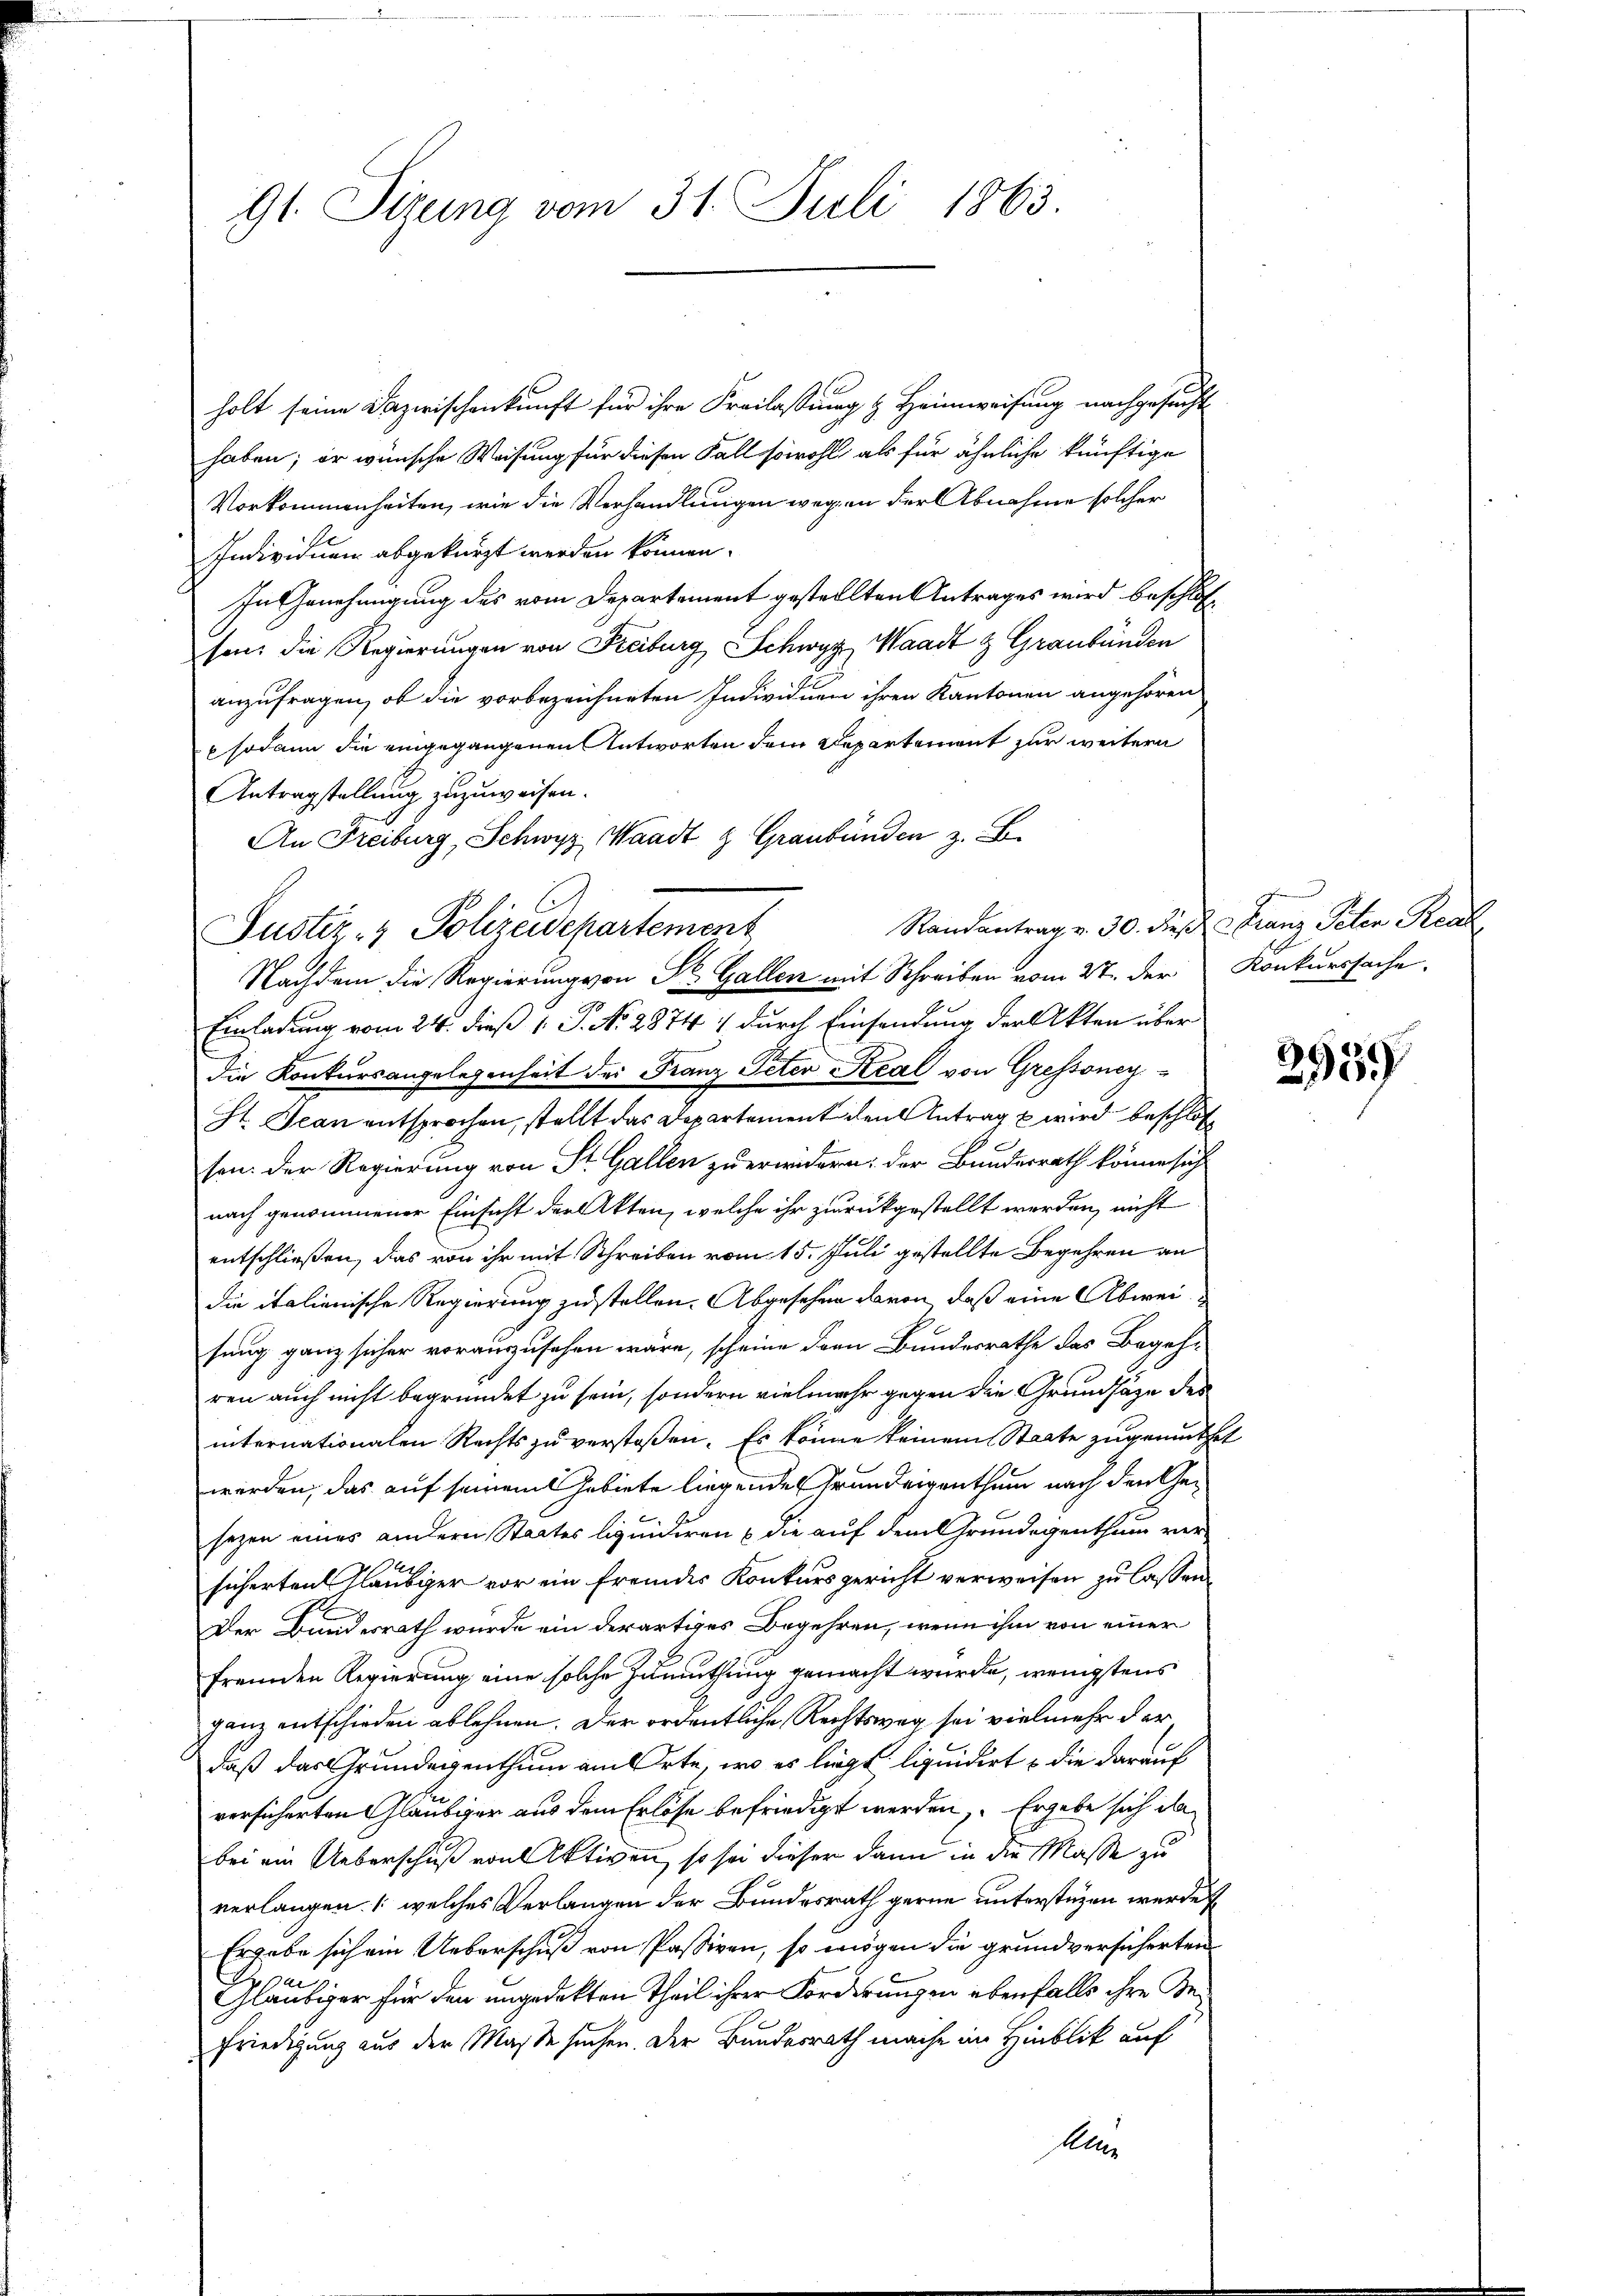
91. Sizung vom 31. Juli 1863.

holt seine Dazwischenkunft für ihre Freilassung & Heimweisung nachgesucht
haben; er wünsche Weisung für diesen Fall sowohl als für ähnliche künftige
Vorkommenheiten, wie die Verhandlungen wegen der Abnahme solcher
Individuen abgekürzt werden können.
In Genehmigung des vom Departement gestellten Antrages wird beschlosson, die Regierungen von Freiburg Schwyz, Waadt & Graubünden
anzufragen, ob die vorbezeichneten Individuen ihren Kantonen angehören
 sodann die eingegangenen Antworten dem Departement zur weitern
Antragstellung zuzuweisen.
An Freiburg, Schwyz Waadt & Graubünden z. B.
Randantrag v. 30. dies   Franz Peten Rech
Nachdem die Regierung von St. Gallen mit Schreiben vom 27. der Konkurssache,
Einladung vom 24. dieß 1. P. N. 2874 1 durch Einsendung der Akten über
die Konkursangelegenheit der Franz Peter Steal von Gressoney¬
St. Jean entsprochen, stellt das Departement den Antrag & wird beschlos
son. Der Regierung von St. Gallen zu erwidern: der Bundesrath könne sich
nach genommener Einsicht der Akten, welche ihr zurückgestellt werden, nicht
entschließen, das von ihr mit Schreiben vom 15. Juli gestellte Begehren an
die italienische Regierung zustellen. Abgesehen davon, daß eine Abweisung ganz sicher vorauszusehen wäre, scheine den Bundesrathe das Begeh-
ren auch nicht begründet zu sein, sondern vielmehr gegen die Grundsaze des
internationalen Rechts zu verstoßen. Es könne keinem Staate zugemuthet
werden, das auf seinem Gebiete liegenden Grundeigenthum nach den Gesezen eines andern Staates liquidiren & die auf dem Grundegenthum versicherten Gläubiger vor ein fremdes Konkursgericht verweisen zu lassen.
Der Bundesrath wurde ein derartiges Begehren, wenn ihm von einer
fremden Regierung eine solche Zumuthung gemacht wurde, wenigstens
ganz entschieden ablehnen. Der ordentliche Rechtsweg sei vielmehr der
daß das Grundegenthum am Orte, wo es liegt, liquidirt & die darauf
versicherten Gläubiger aus dem Erlöse befriedigt werden, Ergebe sich da
bei ein Ueberschuß von Aktiven, so sei dieser dann in die Masse zu
verlangen. /: welches Verlangen der Bundesrath gerne unterstüzen werde
Ergabe sich ein Ueberschuß von Passiven, so mögen die grundversicherten
Gläubiger für den ungedekten Theil ihrer Forderungen ebenfalls ihre Befriedigung aus der Maße suchen. Der Bundesrath mache im Hinblik auf
Aller

Justiz- & Polizeidepartement

2
2959